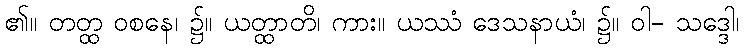
၏။ တတ္ထ ဝစနေ၊ ၌။ ယတ္ထာတိ၊ ကား။ ယဿံ ဒေသနာယံ၊ ၌။ ဝါ- သဒ္ဒေါ၊